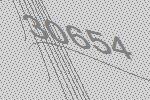
30654